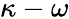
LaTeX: \kappa-\omega